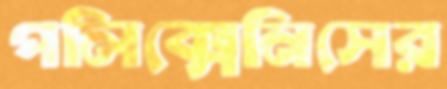
পলিক্সেনিসের